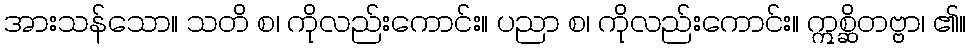
အားသန်သော။ သတိ စ၊ ကိုလည်းကောင်း။ ပညာ စ၊ ကိုလည်းကောင်း။ ဣစ္ဆိတဗ္ဗာ၊ ၏။